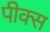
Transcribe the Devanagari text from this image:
पीक्स